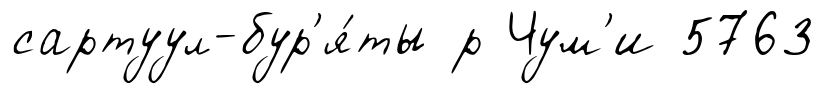
сартуул-бур'я́ты р Чум'и 5763